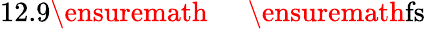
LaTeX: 12.9\ensuremath{\mathrm{~\textrm~{~\, ~}~}}\ensuremath{\mathrm{fs}}